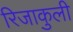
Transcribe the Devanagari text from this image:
रिजाकुली